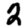
Digit: 2